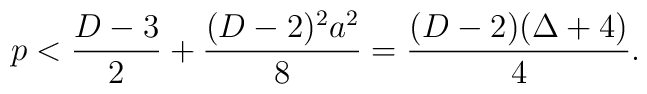
p<{{D-3}\over 2}+{{(D-2)^2a^2}\over 8}={{(D-2)(\Delta+4)}\over 4}.